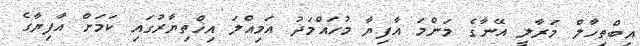
އިބްތިހާލް މަރާލީ އޭނާގެ މަންމަ އާފިޔާ މުހައްމަދު އަމިއްލަ އިޚްތިޔާރުގައި ކަމަށް އާފިޔާގެ